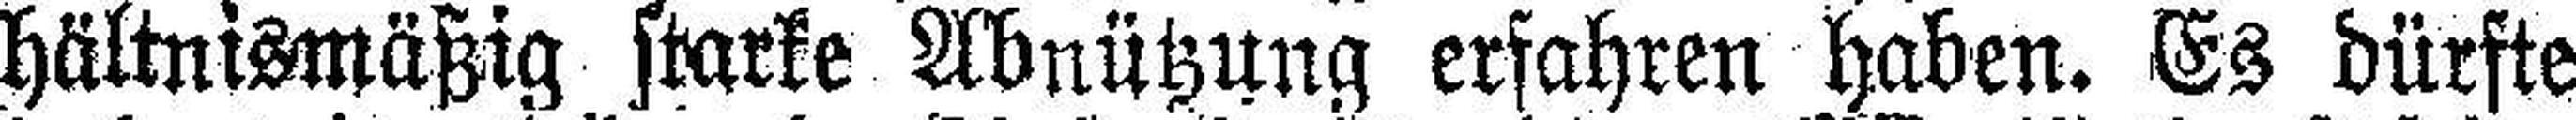
hältnismäßig starke Abnützung erfahren haben. Es dürfte